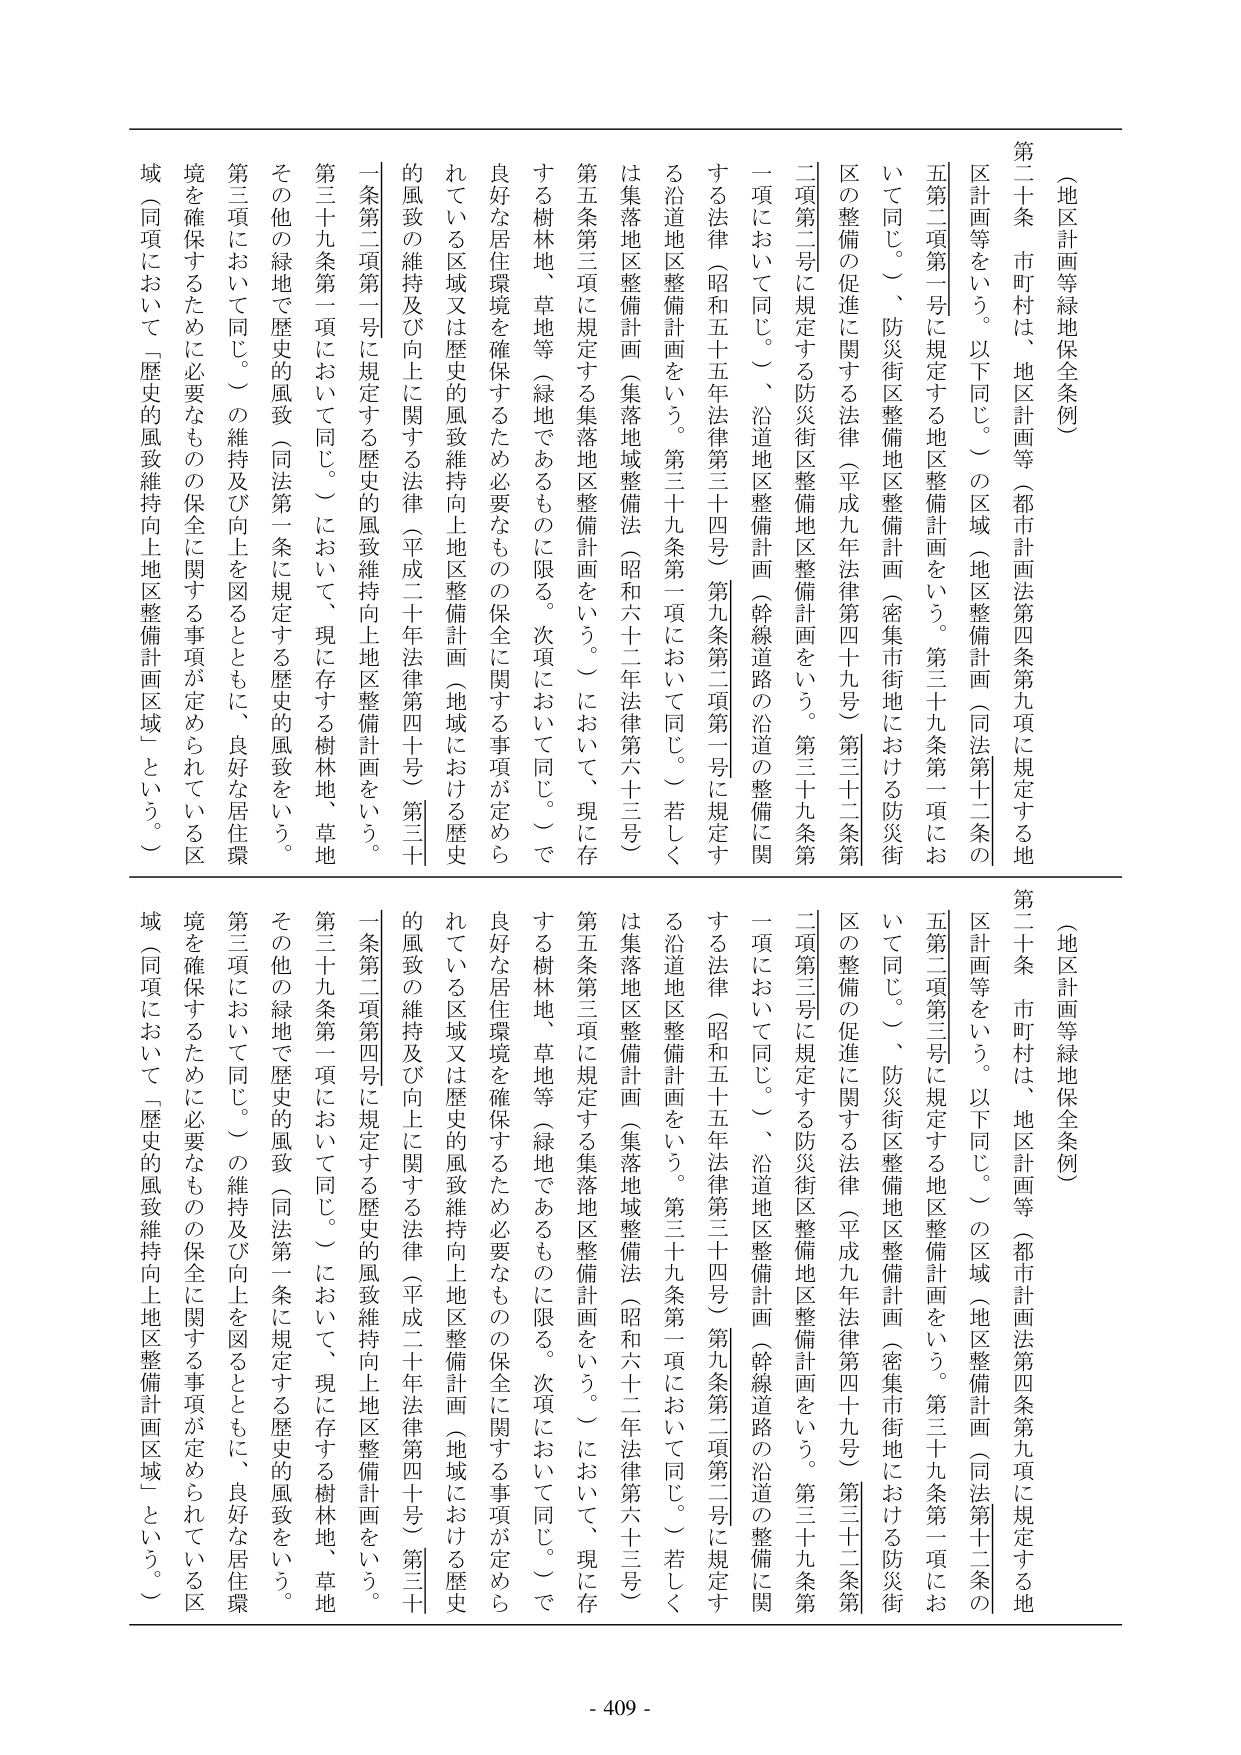
（地区計画等緑地保全条例）

第二十条 市町村は、地区計画等（都市計画法第四条第九項に規定する地区計画等をいう。以下同じ。）の区域（地区整備計画（同法第十二条の五第二項第一号に規定する地区整備計画をいう。第三十九条第一項において同じ。）、防災街区整備地区整備計画（密集市街地における防災街区の整備の促進に関する法律（平成九年法律第四十九号）第三十二条第二項第二号に規定する防災街区整備地区整備計画をいう。第三十九条第一項において同じ。）、沿道地区整備計画（幹線道路の沿道の整備に関する法律（昭和五十五年法律第三十四号）第九条第二項第一号に規定する沿道地区整備計画をいう。第三十九条第一項において同じ。）若しくは集落地区整備計画（集落地域整備法（昭和六十二年法律第六十三号）第五条第三項に規定する集落地区整備計画をいう。）において、現に存する樹林地、草地等（緑地であるものに限る。次項において同じ。）で良好な居住環境を確保するため必要なものの保全に関する事項が定められている区域又は歴史的風致維持向上地区整備計画（地域における歴史的風致の維持及び向上に関する法律（平成二十年法律第四十号）第三十一条第二項第一号に規定する歴史的風致維持向上地区整備計画をいう。第三十九条第一項において同じ。）において、現に存する樹林地、草地その他の緑地で歴史的風致（同法第一条に規定する歴史的風致をいう。第三項において同じ。）の維持及び向上を図るとともに、良好な居住環境を確保するために必要なものの保全に関する事項が定められている区域（同項において「歴史的風致維持向上地区整備計画区域」という。）

（地区計画等緑地保全条例）

第二十条 市町村は、地区計画等（都市計画法第四条第九項に規定する地区計画等をいう。以下同じ。）の区域（地区整備計画（同法第十二条の五第二項第三号に規定する地区整備計画をいう。第三十九条第一項において同じ。）、防災街区整備地区整備計画（密集市街地における防災街区の整備の促進に関する法律（平成九年法律第四十九号）第三十二条第二項第三号に規定する防災街区整備地区整備計画をいう。第三十九条第一項において同じ。）、沿道地区整備計画（幹線道路の沿道の整備に関する法律（昭和五十五年法律第三十四号）第九条第二項第二号に規定する沿道地区整備計画をいう。第三十九条第一項において同じ。）若しくは集落地区整備計画（集落地域整備法（昭和六十二年法律第六十三号）第五条第三項に規定する集落地区整備計画をいう。）において、現に存する樹林地、草地等（緑地であるものに限る。次項において同じ。）で良好な居住環境を確保するため必要なものの保全に関する事項が定められている区域又は歴史的風致維持向上地区整備計画（地域における歴史的風致の維持及び向上に関する法律（平成二十年法律第四十号）第三十一条第二項第四号に規定する歴史的風致維持向上地区整備計画をいう。第三十九条第一項において同じ。）において、現に存する樹林地、草地その他の緑地で歴史的風致（同法第一条に規定する歴史的風致をいう。第三項において同じ。）の維持及び向上を図るとともに、良好な居住環境を確保するために必要なものの保全に関する事項が定められている区域（同項において「歴史的風致維持向上地区整備計画区域」という。）

- 409 -